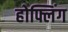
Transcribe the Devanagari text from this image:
होफ्लिंग